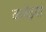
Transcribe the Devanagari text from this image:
कलैइया